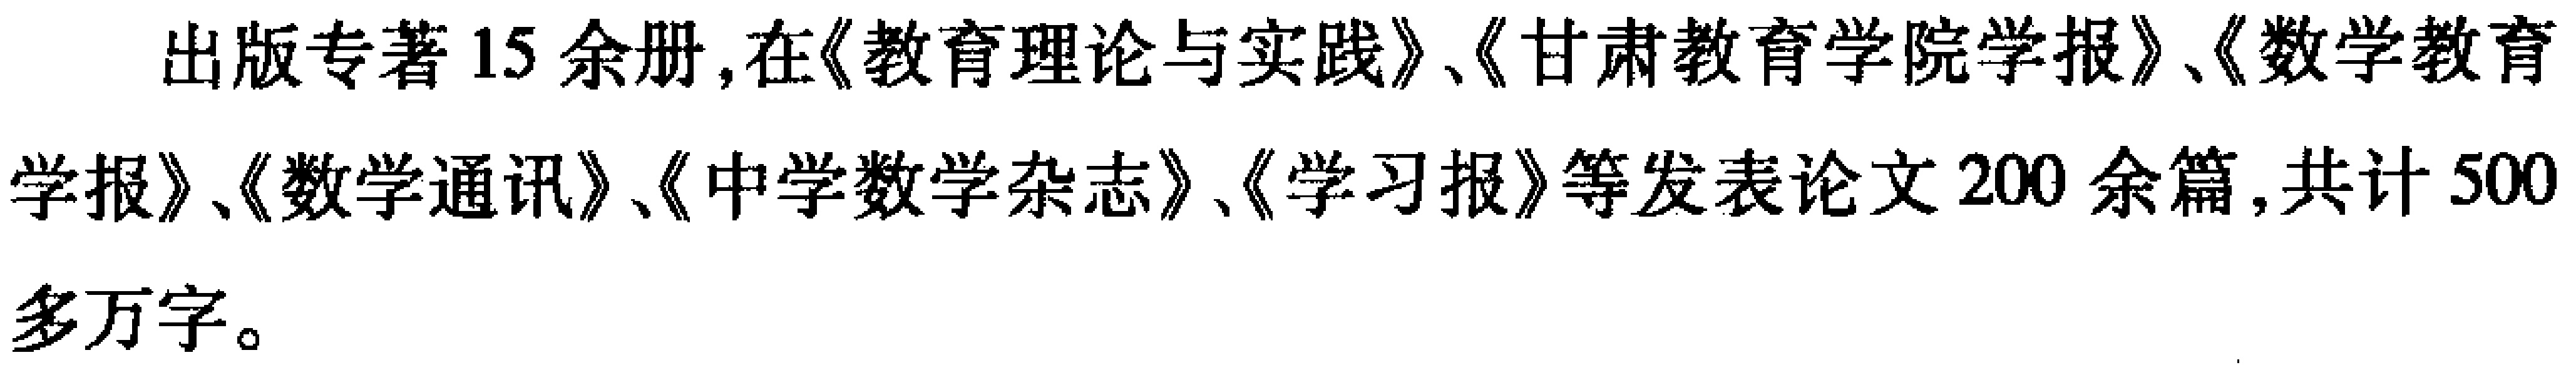
出版专著15余册,在《教育理论与实践》、《甘肃教育学院学报》、《数学教育学报》、《数学通讯》、《中学数学杂志》、《学习报》等发表论文200余篇,共计500多万字。